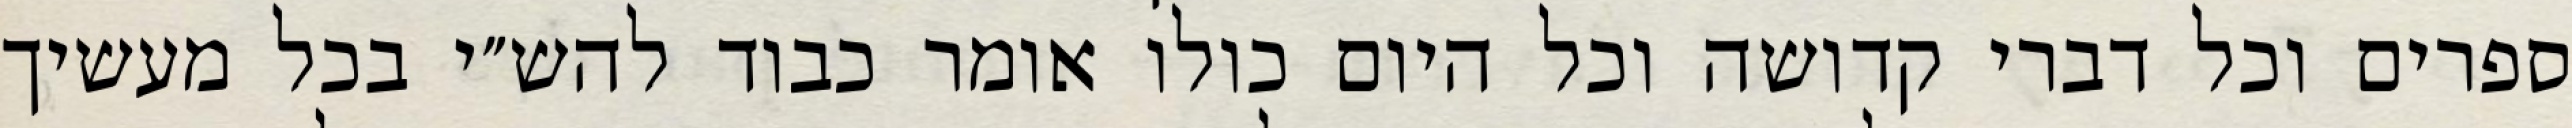
ספרים וכל דברי קדושה וכל היום כולו אומר כבוד להש״י בכל מעשיך